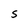
Character: S